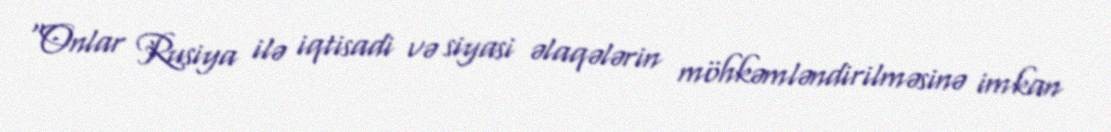
“Onlar Rusiya ilə iqtisadi və siyasi əlaqələrin möhkəmləndirilməsinə imkan